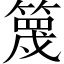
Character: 篾